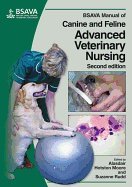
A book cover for Manual of Advanced Veterinary Nursing (2nd, 09) by Moore, Alasdair Hotston [Paperback (2008)]; Moore; Medical Books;